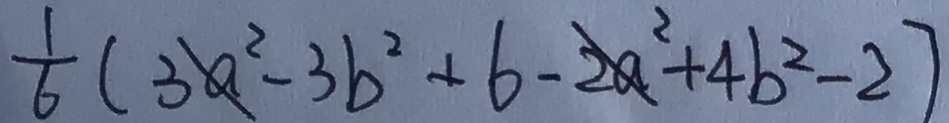
\frac { 1 } { 6 } ( 3 a ^ { 2 } - 3 b ^ { 2 } + 6 - 2 a ^ { 2 } + 4 b ^ { 2 } - 2 )